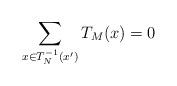
LaTeX: \begin{align*} \sum_{x \in T_{N}^{-1}(x')} T_{M}(x) = 0\end{align*}